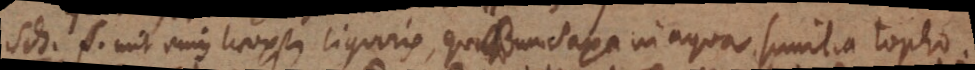
Sch. mit einen tropfen liquoris, quicum Saxa in aqua similia topho.